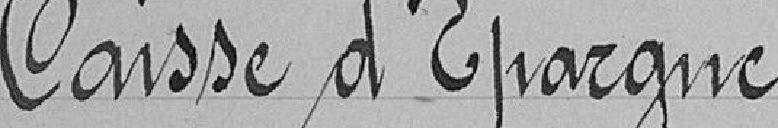
Caisse d'Épargne